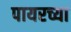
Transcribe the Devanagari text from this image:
पायरच्या